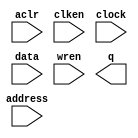
module RAMB16_S4_altera (
	aclr,
	address,
	clken,
	clock,
	data,
	wren,
	q);

	input	  aclr;
	input	[11:0]  address;
	input	  clken;
	input	  clock;
	input	[3:0]  data;
	input	  wren;
	output	[3:0]  q;
`ifndef ALTERA_RESERVED_QIS
// synopsys translate_off
`endif
	tri0	  aclr;
	tri1	  clken;
	tri1	  clock;
`ifndef ALTERA_RESERVED_QIS
// synopsys translate_on
`endif

endmodule